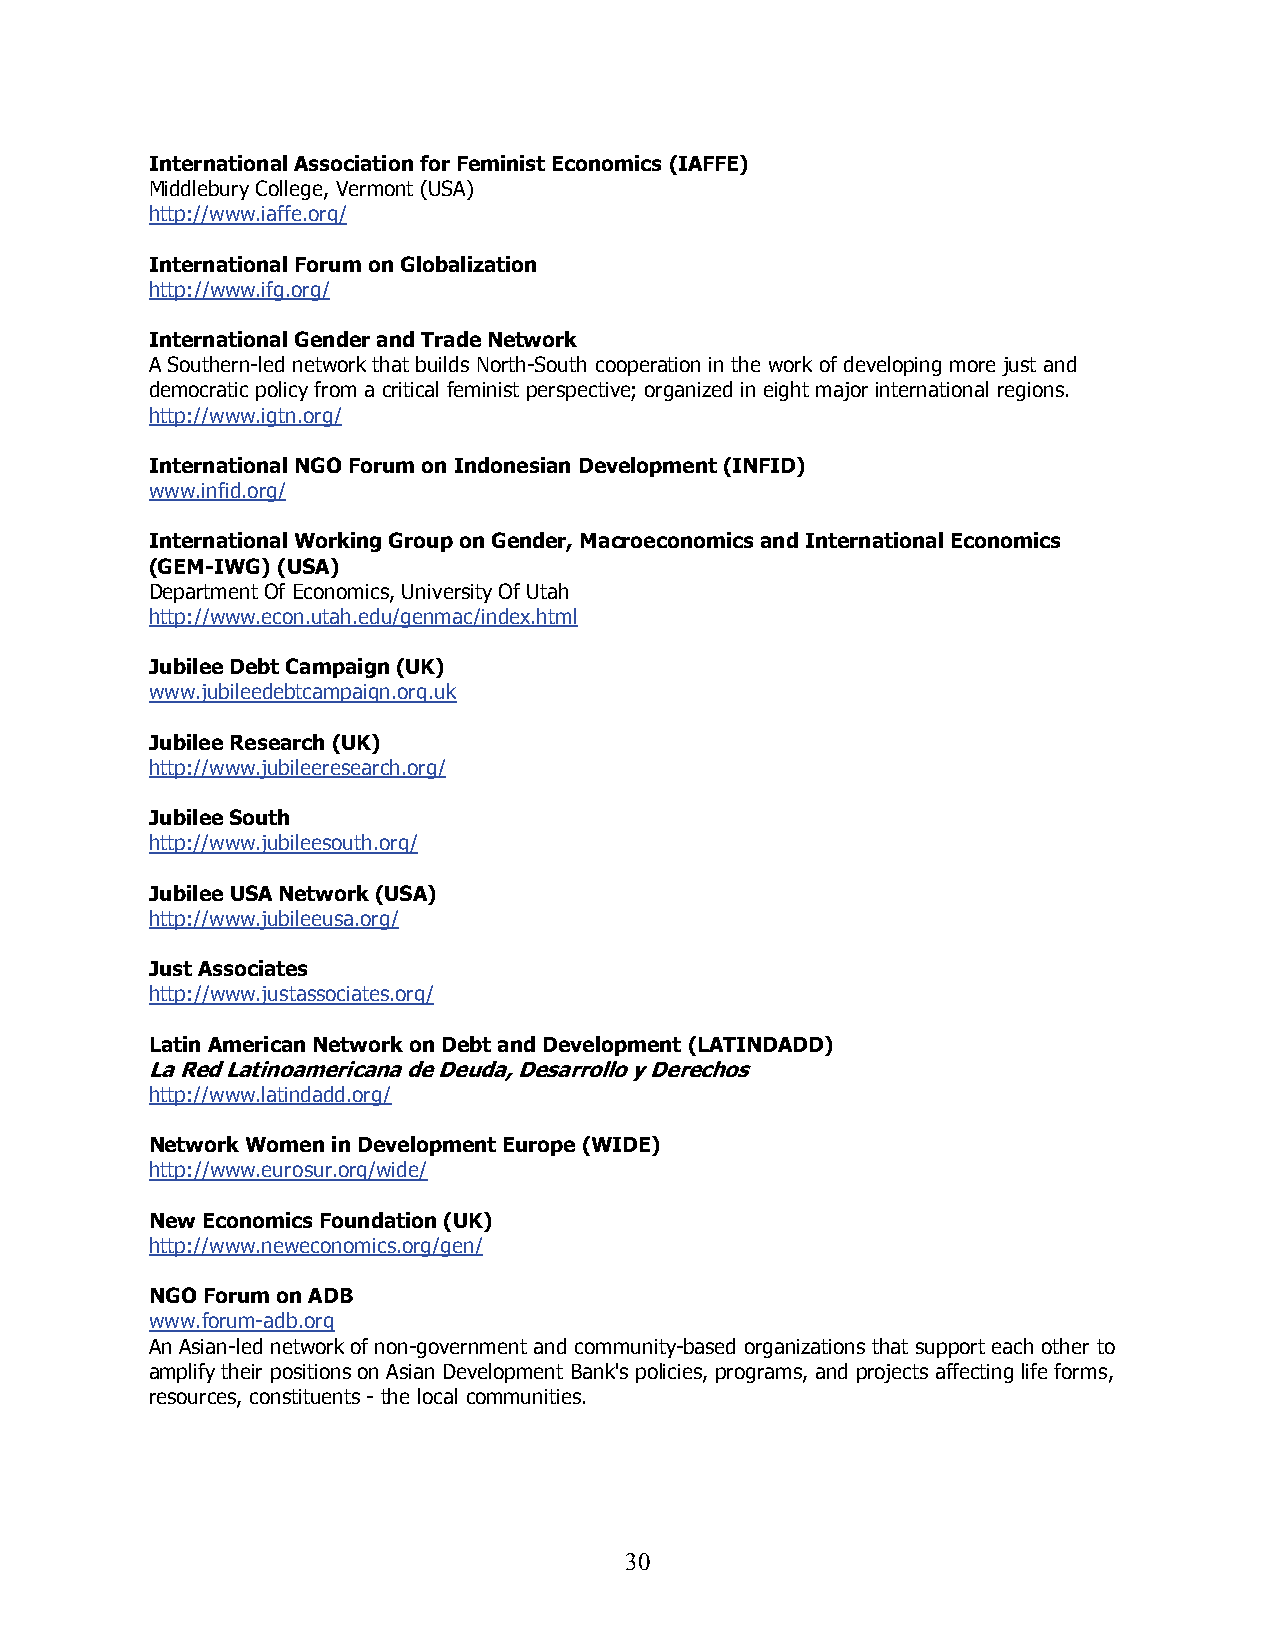
International Association for Feminist Economics (IAFFE)
 Middlebury College, Vermont (USA)
 http://www.iaffe.org/
 International Forum on Globalization
 http://www.ifg.org/
 International Gender and Trade Network
 A Southern-led network that builds North-South cooperation in the work of developing more just and
 democratic policy from a critical feminist perspective; organized in eight major international regions.
 http://www.igtn.org/
 International NGO Forum on Indonesian Development (INFID)
 www.infid.org/
 International Working Group on Gender, Macroeconomics and International Economics
 (GEM-IWG) (USA)
 Department Of Economics, University Of Utah
 http://www.econ.utah.edu/genmac/index.html
 Jubilee Debt Campaign (UK)
 www.jubileedebtcampaign.org.uk
 Jubilee Research (UK)
 http://www.jubileeresearch.org/
 Jubilee South
 http://www.jubileesouth.org/
 Jubilee USA Network (USA)
 http://www.jubileeusa.org/
 Just Associates
 http://www.justassociates.org/
 Latin American Network on Debt and Development (LATINDADD)
 La Red Latinoamericana de Deuda, Desarrollo y Derechos
 http://www.latindadd.org/
 Network Women in Development Europe (WIDE)
 http://www.eurosur.org/wide/
 New Economics Foundation (UK)
 http://www.neweconomics.org/gen/
 NGO Forum on ADB
 www.forum-adb.org
 An Asian-led network of non-government and community-based organizations that support each other to
 amplify their positions on Asian Development Bank's policies, programs, and projects affecting life forms,
 resources, constituents - the local communities.
 3 0